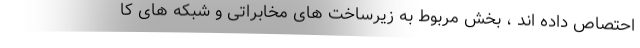
احتصاص داده اند ، بخش مربوط به زیرساخت های مخابراتی و شبکه های کا